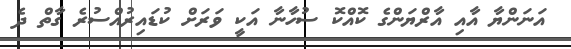
އަނަންޔާ އާއި އާރްޔަންގެ ކޮއްކޮ ސުހާނާ އަކީ ވަރަށް ކުޑައިރުއްސުރެ ގާތް ދެ